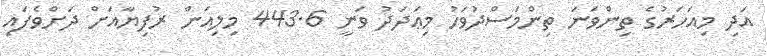
އަދި މިއަހަރުގެ ތިންވަނަ ތިންމަސްދުވަހު މިޢަދަދު ވަނީ 443.6 މިލިއަން ރުފިޔާއަށް ދަށްވެފައި